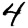
Digit: 4